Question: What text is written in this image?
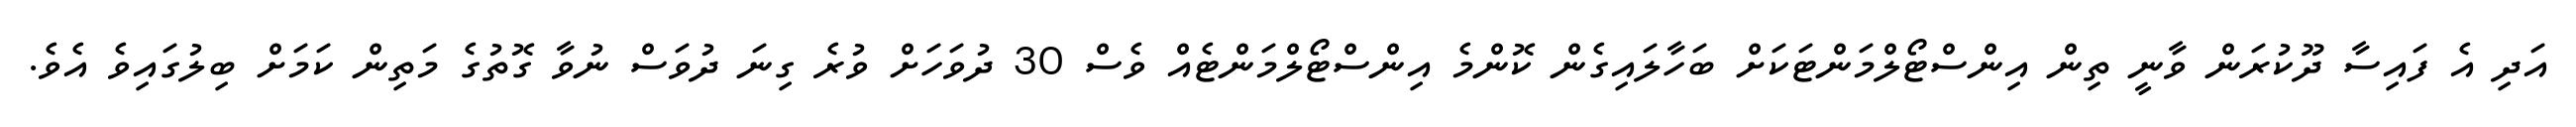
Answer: އަދި އެ ފައިސާ ދޫކުރަން ވާނީ ތިން އިންސްޓޯލްމަންޓަކަށް ބަހާލައިގެން ކޮންމެ އިންސްޓޯލްމަންޓެއް ވެސް 30 ދުވަހަށް ވުރެ ގިނަ ދުވަސް ނުވާ ގޮތުގެ މަތިން ކަމަށް ބިލުގައިވެ އެވެ.